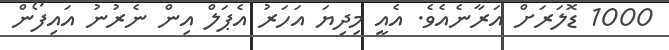
1000 ޑޮލަރަށް އަރާނެއެވެ. އެއީ މިދިޔަ އަހަރު އެޕަލް އިން ނެރުނު އައިފޯން